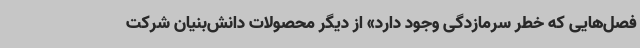
فصل‌هایی که خطر سرمازدگی وجود دارد» از دیگر محصولات دانش‌بنیان شرکت